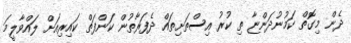
ދެން މިގޮތް ކަމުނުދަންޏާ ތި ކުރު އިސްތަށިތައް ދެފަރާތުން ކަންފަތް ކައިރިއަށް ލައްވާލީމަ